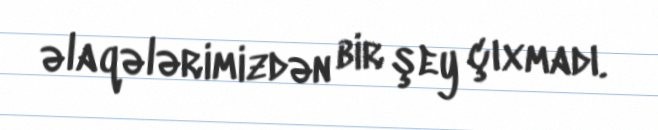
əlaqələrimizdən bir şey çıxmadı.